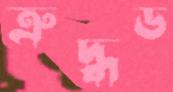
ত্রুদ্ধড